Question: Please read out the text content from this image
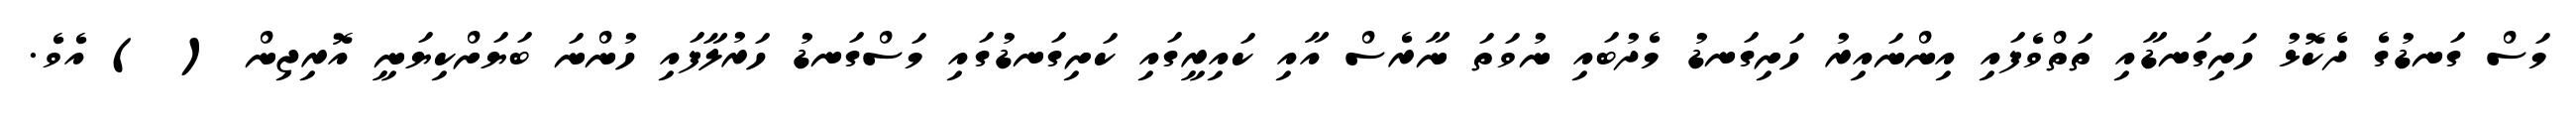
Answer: މަސް ގަނޑުގެ ދެކޮޅު ހަށިގަނޑާއި ތަތްވެފައި އިންނައިރު ހަށިގަނޑު މެދުބައި ނުވަތަ ނާރެސް އާއި ކައިރީގައި ކަށިގަނޑުގައި މަސްގަނޑު ހަރުލާފައި ހުންނަ ބަޔަށްކިޔަނީ އޮރިޖިން ( ) އެވެ.